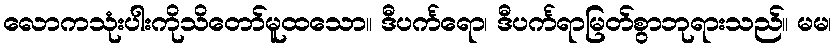
လောကသုံးပါးကိုသိတော်မူထသော။ ဒီပင်္ကရော၊ ဒီပင်္ကရာမြတ်စွာဘုရားသည်။ မမ၊